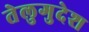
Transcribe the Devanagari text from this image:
तेलुगुदेश